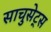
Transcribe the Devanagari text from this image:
साचुसेट्स